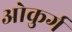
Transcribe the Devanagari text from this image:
ओकुर्ग